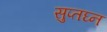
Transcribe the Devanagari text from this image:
सुप्तघ्न